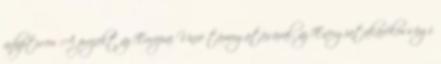
adaptiv.eu A projekt az Európai Unió támogatásával, az Energiatakarékossági